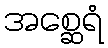
အစ္ဆေရံ